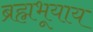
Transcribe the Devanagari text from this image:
ब्रह्मभूयाय